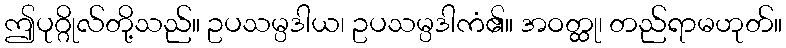
ဤပုဂ္ဂိုလ်တို့သည်။ ဥပသမ္ပဒါယ၊ ဥပသမ္ပဒါကံ၏။ အဝတ္ထု၊ တည်ရာမဟုတ်။